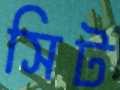
সিট